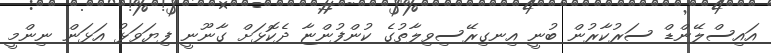
އައިސްލޭންޑް ސަރުކާރުން ބުނީ އިނގިރޭސިވިލާތުގެ ކުންފުންޏާ ދެކޮޅަށް ގާނޫނީ ފިޔަވަޅު އަޅަން ނިންމީ